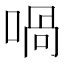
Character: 喎